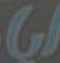
W